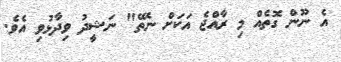
އެ ނޫން ގޮތެއް މި ރާއްޖެ އަކަށް ނެތޭ" ނަޝީދު ވިދާޅުވި އެވެ.